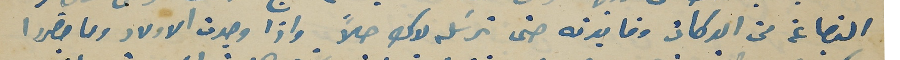
البضاعة من الدكان وفايدته حتى ترسَله لاك حلاً واذا وجدت الاولاد وما حضروا